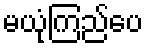
မယုံကြည်ပေ